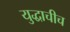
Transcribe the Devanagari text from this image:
युद्धाचीच